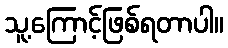
သူ့ကြောင့်ဖြစ်ရတာပါ။